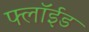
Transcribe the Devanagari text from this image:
फ्लॉईड